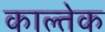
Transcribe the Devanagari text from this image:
काल्तेक